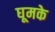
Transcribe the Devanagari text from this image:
घूमके